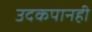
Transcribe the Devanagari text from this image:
उदकपानही